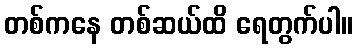
တစ်ကနေ တစ်ဆယ်ထိ ရေတွက်ပါ။